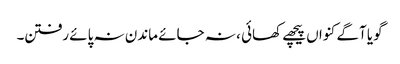
گویا آگے کنواں پیچھے کھائی ، نہ جائے ماندن نہ پائے رفتن۔